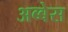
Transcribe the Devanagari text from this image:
अब्बेस